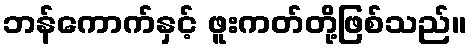
ဘန်ကောက်နှင့် ဖူးကတ်တို့ဖြစ်သည်။